Problem: 2 × 7 = ?
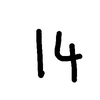
Handwritten answer: 14